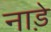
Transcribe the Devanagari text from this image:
नाड़े